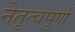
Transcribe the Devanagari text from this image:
नेतृत्वपूर्ण